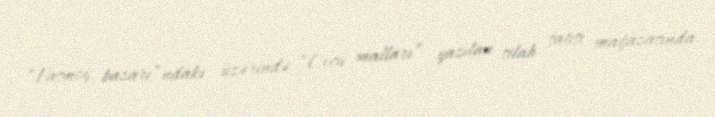
“Vasmoy bazarı”ndakı üzərində “Ovçu malları” yazılan silah satışı mağazasında